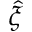
\hat { \xi }